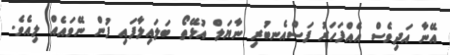
އޭނާ އަދިވެސް އެއްފަހަރު ފަސްއެނބުރި ނާޔަލް އުޅޭތޯ ބަލައިލާފައި ފުން ނޭވައެއް ލިއެވެ.